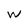
Character: w